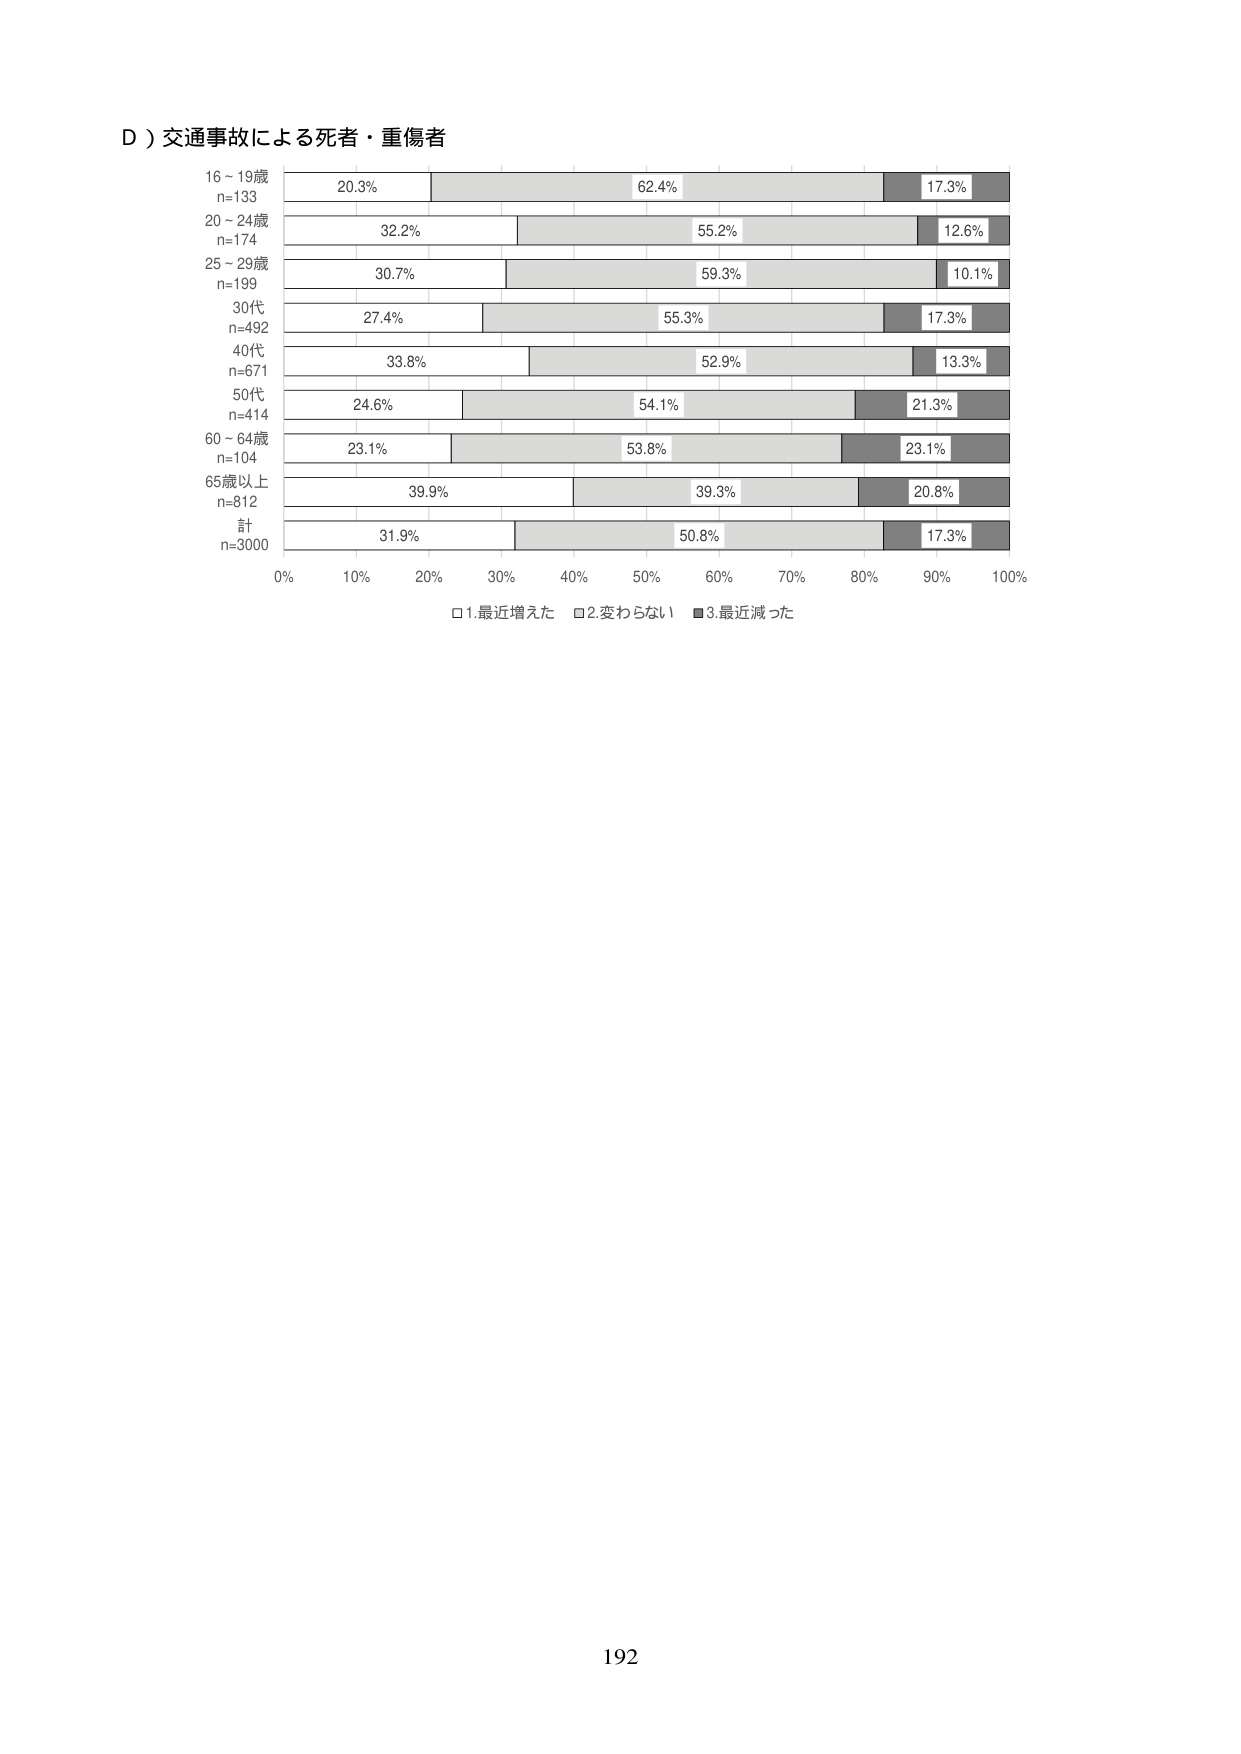
D）交通事故による死者・重傷者

16～19歳
n=133
20.3% 62.4% 17.3%

20～24歳
n=174
32.2% 55.2% 12.6%

25～29歳
n=199
30.7% 59.3% 10.1%

30代
n=492
27.4% 55.3% 17.3%

40代
n=671
33.8% 52.9% 13.3%

50代
n=414
24.6% 54.1% 21.3%

60～64歳
n=104
23.1% 53.8% 23.1%

65歳以上
n=812
39.9% 39.3% 20.8%

計
n=3000
31.9% 50.8% 17.3%

0% 10% 20% 30% 40% 50% 60% 70% 80% 90% 100%

□1.最近増えた □2.変わらない ■3.最近減った

192